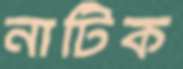
নাটিক